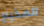
المذيع